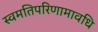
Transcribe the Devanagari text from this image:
स्वमतिपरिणामावधि